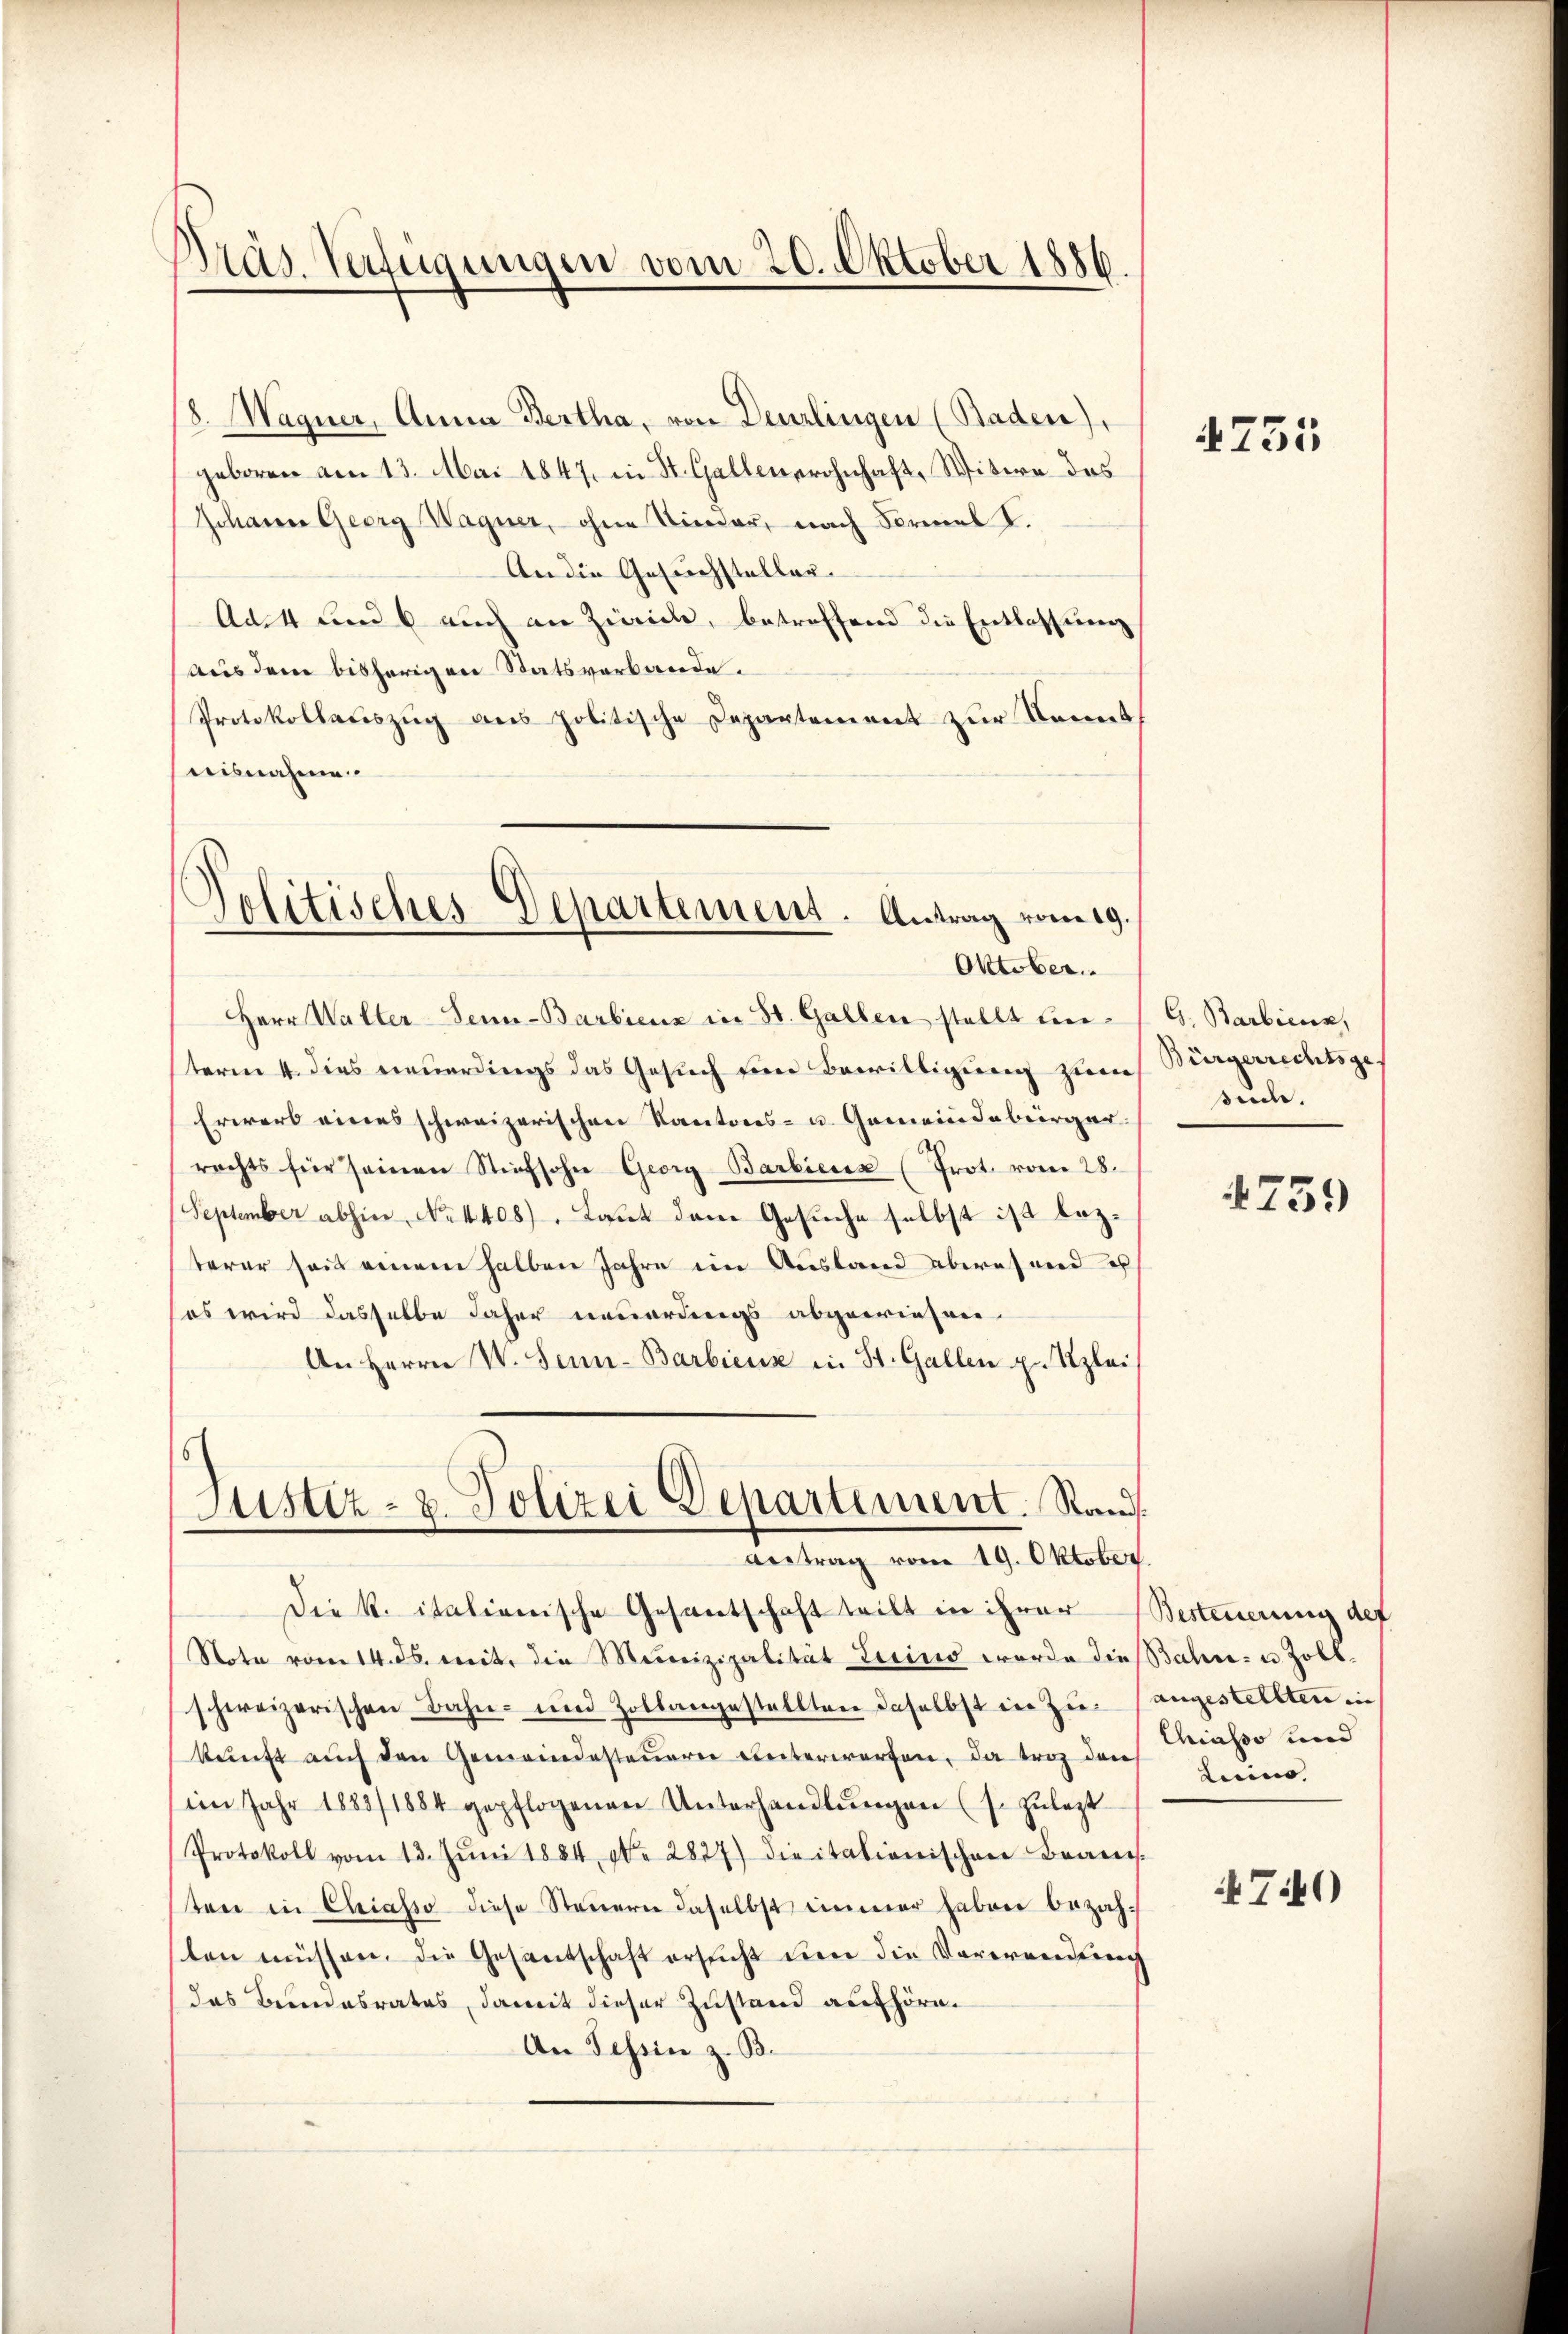
Präs. Verfügungen vom 20. Oktober 1886.

8. Magner, Anna Bertha, von Deurlingen (Baden),
geboren am 13. Mai 1847 in St. Gallen wohnhaft, Witwe des
Jchauer Georg Wagner, ohne Kinder, nach Formel I.
An die Gesuchstellen.
Ade4 und 6 auch an Zürich, betreffend die Entlassung
aus dem bisherigen Statsverbande.
Protokollauszug aus politische Departement zur Kenntaisnahme.

Herr Walter-Senn-Barbiens in St. Gallen stellt beterm 4. dies neuerdings das Gesuch feier Bewilligung zumes Bürgerrechtsge¬
Erwerb eines schweizerischen Kantons- u. Gemeindebürger.
rechts für seinen Stiefsohn Georg Barbiens (Prot. vom 28.
(September abhin No 4408). Laut dem Gesuche selbst ist lezterer seit einem halben Jahre im Ausland abwesend e
sos wird dasselbe daher neuerdings abgewiesen.
An Herrn V. Senn- Barbiens in St. Gallen pr. Klei¬

Politisches Departement. Antrag vom 19.
Oktober.

Justiz- u. Polizei Departement. Rand
Antrag vom 19. Oktober.

Die K. italienische Gesantschaft teilt in ihrer Besteuerung der
Stote vom 14. ds. weit, die Meireizipalität Licino werde die Bahn- u. Zollschweizerischen Bahn- und Zollangestellten daselbst in zu angestellten in
kŭnft auch den Gemeindesteuerer Unterwerfen, da trag den Chiasso und
im Jahr 1883/1884 gepflogenen Unterhandlungen (s. zulezt
Protokoll vom 13. Jŭni 1884, No 2827) die italienischen Beans
sten in Chiasso diese Steuern daselbst immer haben bezahsten müssen, die Gesantschaft ersucht den die Vorerendung
das Beendesrates, damit dieser Zustand aufhöre.
An Tessin z. B.

4735

G. Barbiens,
sude.

4759

Licinis. |

741)